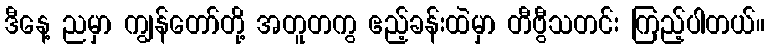
ဒီနေ့ ညမှာ ကျွန်တော်တို့ အတူတကွ ဧည့်ခန်းထဲမှာ တီဗွီသတင်း ကြည့်ပါတယ်။